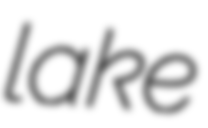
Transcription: lake